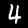
Digit: 4